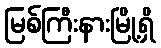
မြစ်ကြီးနားမြို့ရှိ